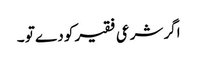
اگر شرعی فقیر کو دے تو ۔